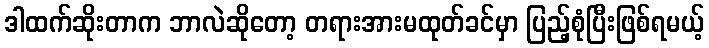
ဒါထက်ဆိုးတာက ဘာလဲဆိုတော့ တရားအားမထုတ်ခင်မှာ ပြည့်စုံပြီးဖြစ်ရမယ့်